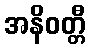
အနိဝတ္တီ